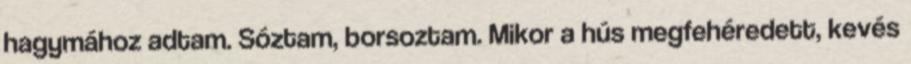
hagymához adtam. Sóztam, borsoztam. Mikor a hús megfehéredett, kevés